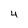
Character: 4